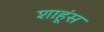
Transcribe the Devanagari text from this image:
शाहूंस